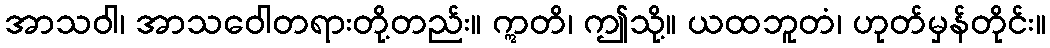
အာသဝါ၊ အာသဝေါတရားတို့တည်း။ ဣတိ၊ ဤသို့။ ယထဘူတံ၊ ဟုတ်မှန်တိုင်း။